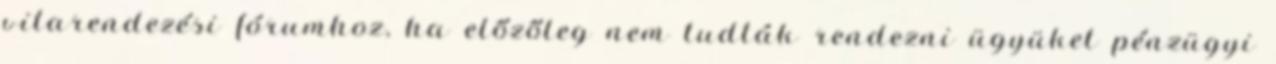
vitarendezési fórumhoz, ha előzőleg nem tudták rendezni ügyüket pénzügyi